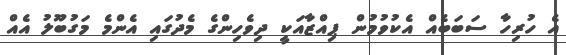
އެ ހުރިހާ ސަބަބެއް އެކުވުމުން ޕިއްޒާއަކީ ދިވެހިންގެ މެދުގައި އެންމެ މަގުބޫލު އެއް